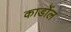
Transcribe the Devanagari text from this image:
कार्डोल